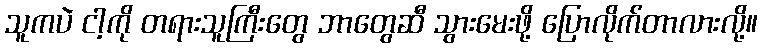
သူကပဲ ငါ့ကို တရားသူကြီးတွေ ဘာတွေဆီ သွားမေးဖို့ ပြောလိုက်တာလားလို့။